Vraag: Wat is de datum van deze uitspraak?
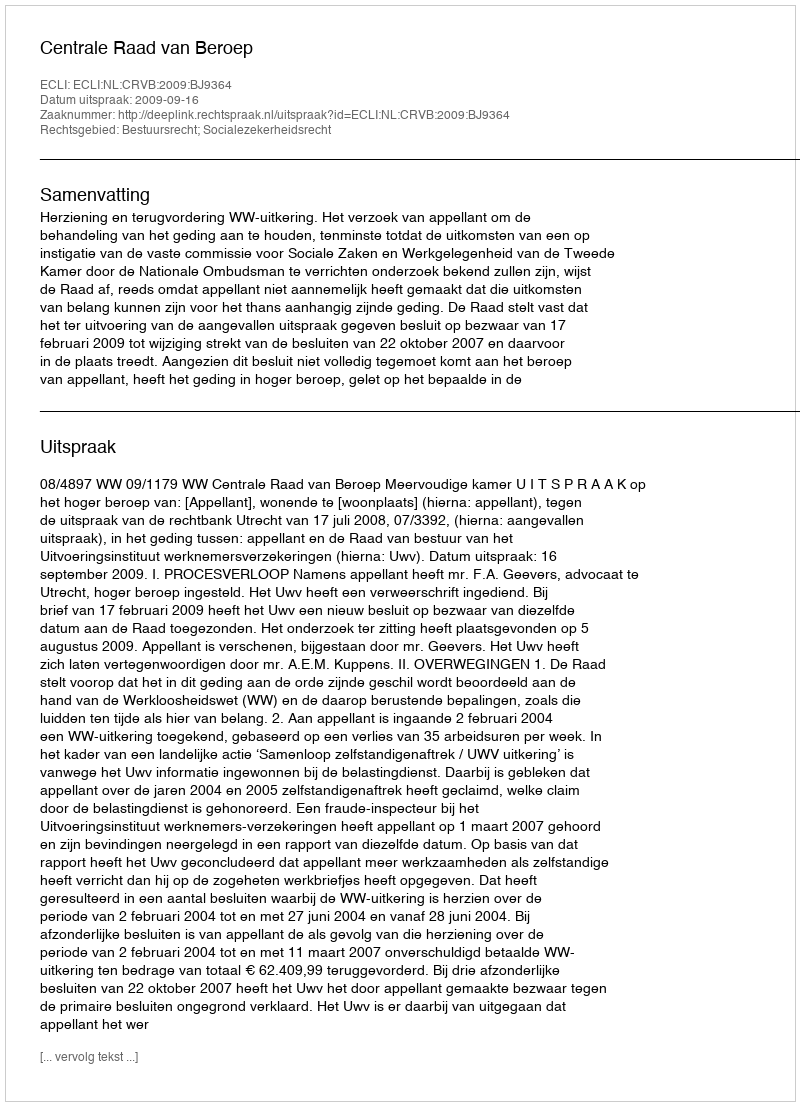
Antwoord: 2009-09-16